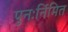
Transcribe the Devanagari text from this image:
पुनःर्निमित